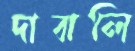
দাবালি